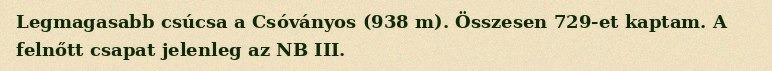
Legmagasabb csúcsa a Csóványos (938 m). Összesen 729-et kaptam. A felnőtt csapat jelenleg az NB III.